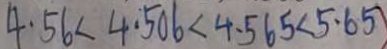
4 . 5 6 < 4 . 5 0 6 < 4 . 5 6 5 < 5 . 6 5